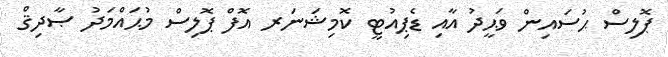
ޕޮލިސް ޙުސައިން ވަޙީދު އާއި ޑެޕިއުޓީ ކޮމިޝަނަރ އޮފް ޕޮލިސް މުޙައްމަދު ޞާދިޤް